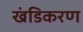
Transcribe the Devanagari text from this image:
खंडिकरण